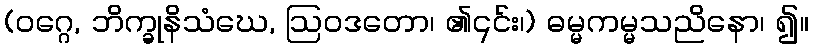
(ဝဂ္ဂေ, ဘိက္ခုနိသံဃေ, ဩဝဒတော၊ ၏၎င်း၊) ဓမ္မကမ္မသညိနော၊ ၍။